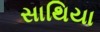
સાથિયા